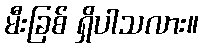
မီးခြစ် ရှိပါသလား။